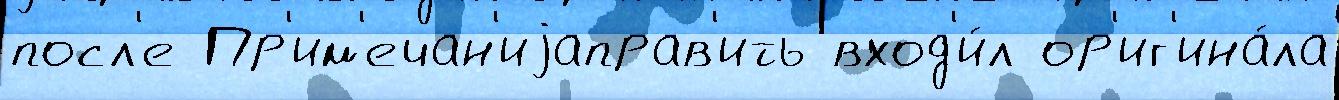
посл'е Пр'им'ечан'иjаправ'ить вход'и́л ор'иг'ина́ла